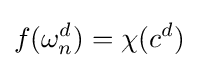
f(\omega _{n}^{d})=\chi (c^{d})